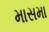
માસમા